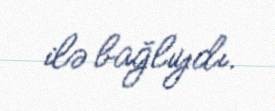
ilə bağlıydı.